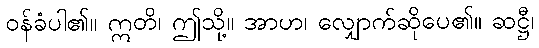
ဝန်ခံပါ၏။ ဣတိ၊ ဤသို့။ အာဟ၊ လျှောက်ဆိုပေ၏။ ဆဋ္ဌီ၊